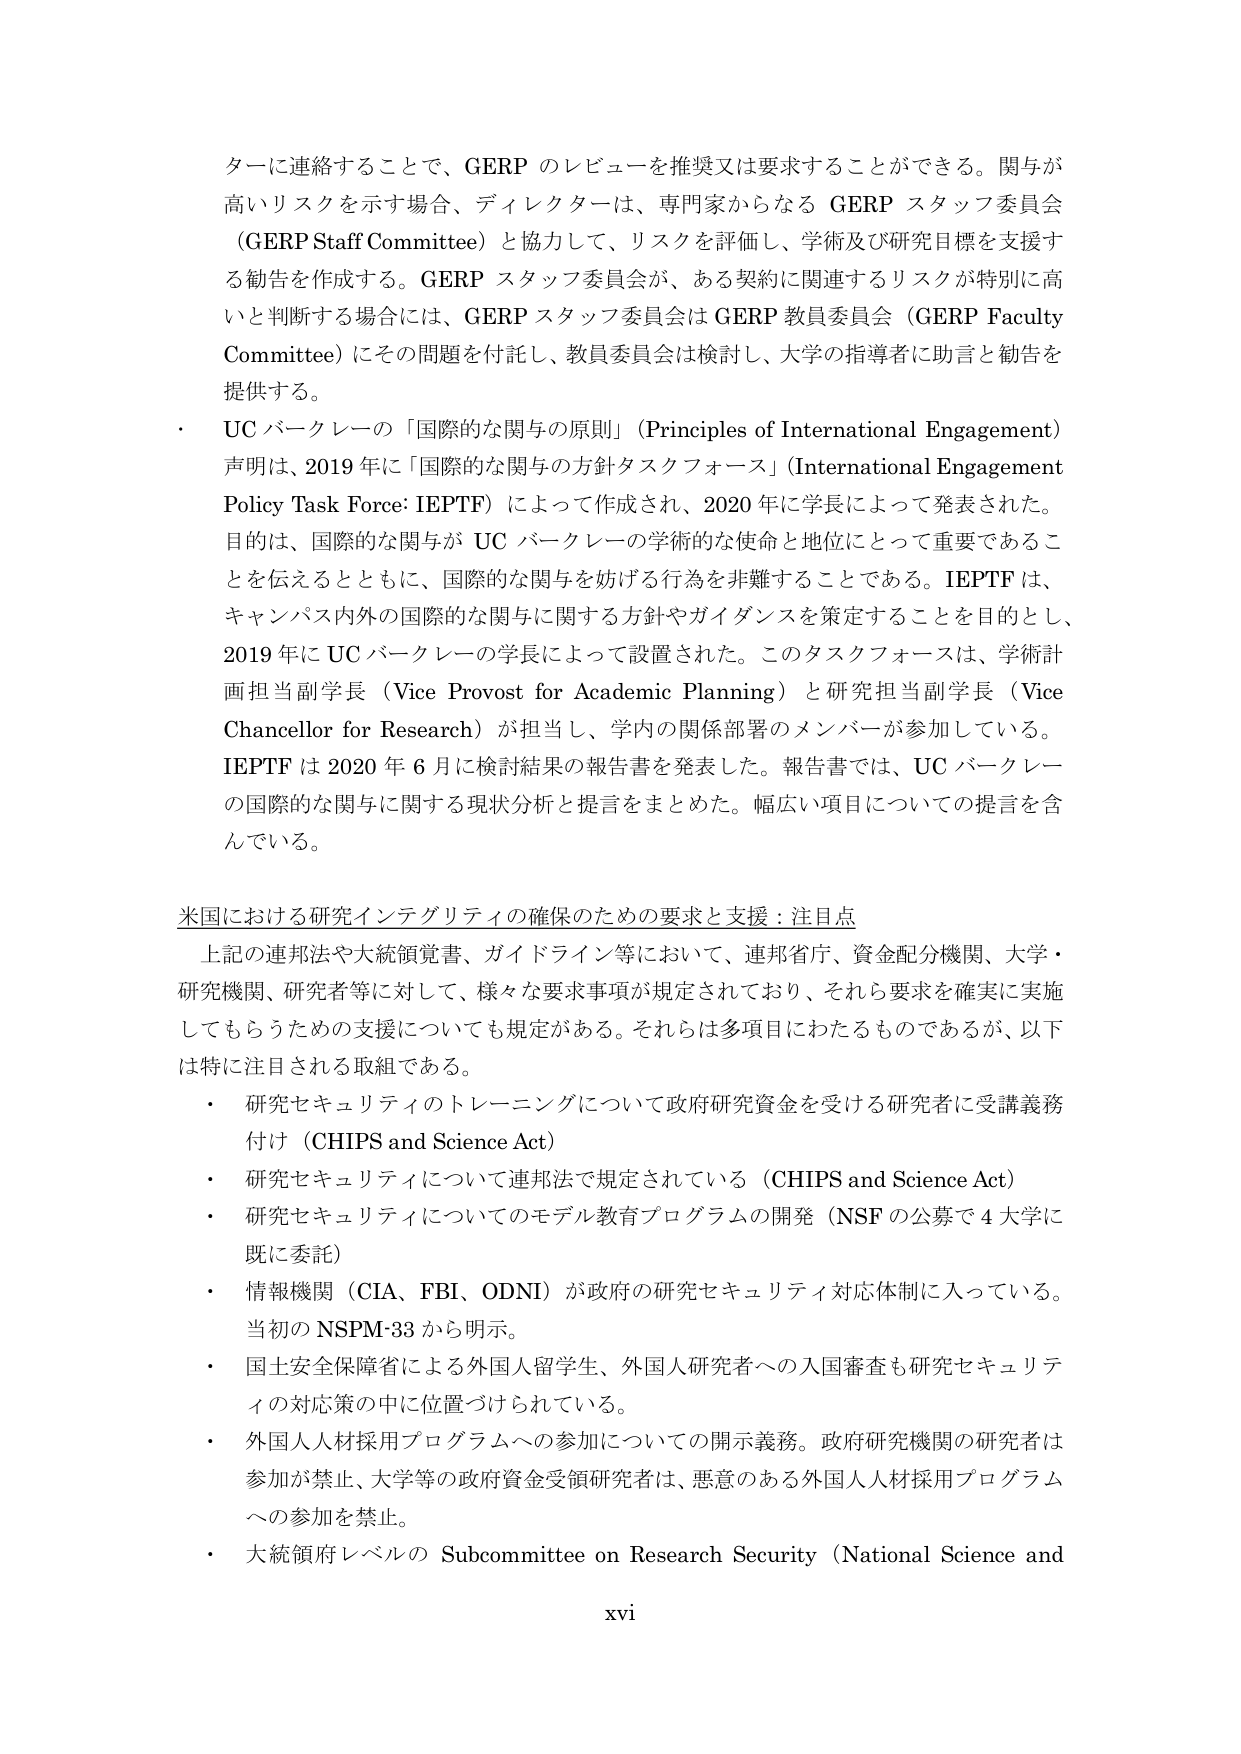
ターに連絡することで、GERP のレビューを推奨又は要求することができる。関与が
高いリスクを示す場合、ディレクターは、専門家からなる GERP スタッフ委員会
（GERP Staff Committee）と協力して、リスクを評価し、学術及び研究目標を支援す
る勧告を作成する。GERP スタッフ委員会が、ある契約に関連するリスクが特別に高
いと判断する場合には、GERP スタッフ委員会は GERP 教員委員会（GERP Faculty
Committee）にその問題を付託し、教員委員会は検討し、大学の指導者に助言と勧告を
提供する。
・ UC バークレーの「国際的な関与の原則」（Principles of International Engagement）
声明は、2019 年に「国際的な関与の方針タスクフォース」（International Engagement
Policy Task Force: IEPTF）によって作成され、2020 年に学長によって発表された。
目的は、国際的な関与が UC バークレーの学術的な使命と地位にとって重要であるこ
とを伝えるとともに、国際的な関与を妨げる行為を非難することである。IEPTF は、
キャンパス内外の国際的な関与に関する方針やガイダンスを策定することを目的とし、
2019 年に UC バークレーの学長によって設置された。このタスクフォースは、学術計
画担当副学長（Vice Provost for Academic Planning）と研究担当副学長（Vice
Chancellor for Research）が担当し、学内の関係部署のメンバーが参加している。
IEPTF は 2020 年 6 月に検討結果の報告書を発表した。報告書では、UC バークレー
の国際的な関与に関する現状分析と提言をまとめた。幅広い項目についての提言を含
んでいる。

米国における研究インテグリティの確保のための要求と支援：注目点
上記の連邦法や大統領覚書、ガイドライン等において、連邦省庁、資金配分機関、大学・
研究機関、研究者等に対して、様々な要求事項が規定されており、それら要求を確実に実施
してもらうための支援についても規定がある。それらは多項目にわたるものであるが、以下
は特に注目される取組である。
・ 研究セキュリティのトレーニングについて政府研究資金を受ける研究者に受講義務
付け（CHIPS and Science Act）
・ 研究セキュリティについて連邦法で規定されている（CHIPS and Science Act）
・ 研究セキュリティについてのモデル教育プログラムの開発（NSF の公募で 4 大学に
既に委託）
・ 情報機関（CIA、FBI、ODNI）が政府の研究セキュリティ対応体制に入っている。
当初の NSPM-33 から明示。
・ 国土安全保障省による外国人留学生、外国人研究者への入国審査も研究セキュリテ
ィの対応策の中に位置づけられている。
・ 外国人人材採用プログラムへの参加についての開示義務。政府研究機関の研究者は
参加が禁止、大学等の政府資金受領研究者は、悪意のある外国人人材採用プログラム
への参加を禁止。
・ 大統領府レベルの Subcommittee on Research Security（National Science and
xvi